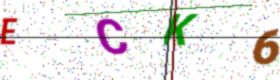
Text: ECK6